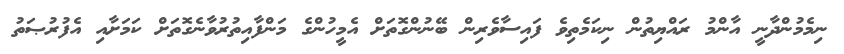
ނިމެމުންދާނީ އާންމު ރައްޔިތުން ނިކަމެތިވެ ފައިސާވެރިން ބޭނުންގޮތަށް އެމީހުންގެ މަންފާއިތުރުވާނެގޮތަށް ކަމަށާއި އެފުރުޞަތު